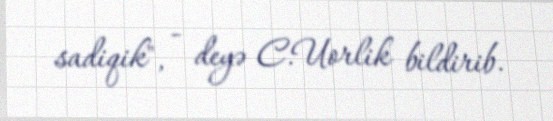
sadiqik", - deyə C.Uorlik bildirib.